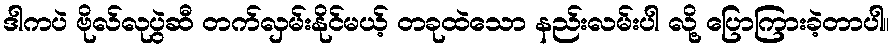
ဒါကပဲ ဗိုလ်လုပွဲဆီ တက်လှမ်းနိုင်မယ့် တခုထဲသော နည်းလမ်းပါ လို့ ပြောကြားခဲ့တာပါ။